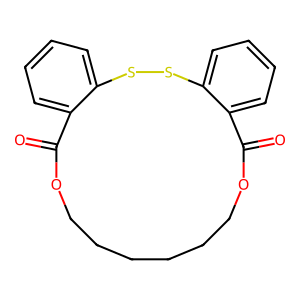
SMILES: O=C1OCCCCCCOC(=O)c2ccccc2SSc2ccccc21
Inhibits HIV replication: No